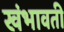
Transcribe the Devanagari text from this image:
खंभावती